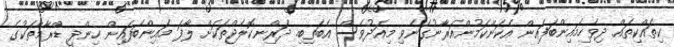
ކިތައްކިތައް ދިވެހިމައިންބަފައިން އެކަންކަމުންއަރާނުގަނެވި މިއަދުވެސް އެބަތިބި. ދަރިްނކޮލެޖްތަކަށް ލާފަ މައިންބަފައިން ހިންދީ ޑްރާމާތަކުގެ